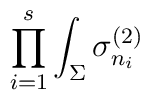
\prod_{i=1}^{s} \int_{\Sigma} \sigma_{n_i}^{(2)}